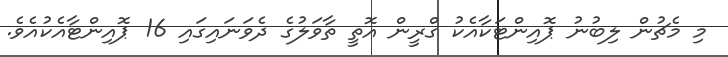
މި މެޗުން ލިބުނު ޕޮއިންޓަކާއެކު ގްރީން އޮތީ ތާވަލުގެ ދެވަނައިގައި 16 ޕޮއިންޓާއެކުއެވެ.